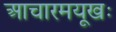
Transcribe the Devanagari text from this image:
आचारमयूखः